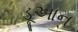
ડૂઆન